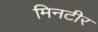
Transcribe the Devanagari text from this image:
मिनटीर